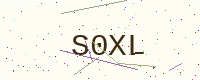
Text: S0XL